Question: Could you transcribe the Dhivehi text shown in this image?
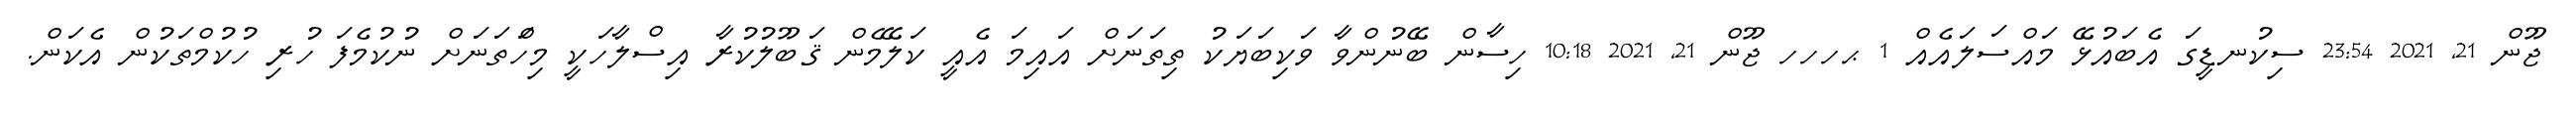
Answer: ޖޫން 21, 2021 23:54 ސިކުނޑީގަ އެބައުޅޭ މައްސަލައެއް 1 ޙހހހ ޖޫން 21, 2021 10:18 ހިސާން ބޭނުންވާ ވަކިބަޔަކު ތިތަނަށް އައިމަ އެއީ ކަލޭމެން ޤަބޫލުކުރާ އިސްލާހަކީ މިހަްތަނަށް ނުކުމެފަ ހުރި ހުކުމްތަކުން އެކަން.